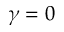
\gamma = 0